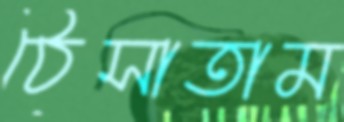
ঠেসাতাম